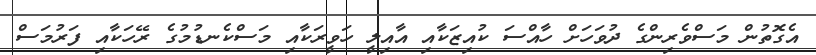
އެގޮތުން މަސްވެރިންގެ ދުވަހަށް ހާއްސަ ކުއިޒަކާއި އާއިލީ ހަވީރަކާއި މަސްކެނޑުމުގެ ރޭހަކާއި ފަރުމަސް